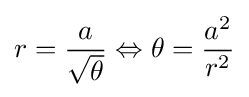
r={\frac {a}{\sqrt {\theta }}}\Leftrightarrow \theta ={\frac {a^{2}}{r^{2}}}